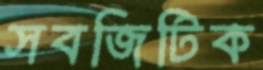
সবজিটিক